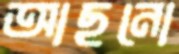
আছনো